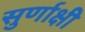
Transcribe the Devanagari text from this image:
सुर्णाक्षी